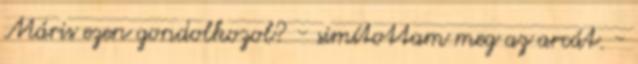
Máris ezen gondolkozol? - simítottam meg az arcát. -